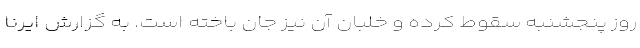
روز پنجشنبه سقوط کرده و خلبان آن نیز جان باخته است. به گزارش ایرنا